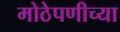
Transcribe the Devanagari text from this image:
मोठेपणीच्या